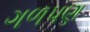
ગળપણ